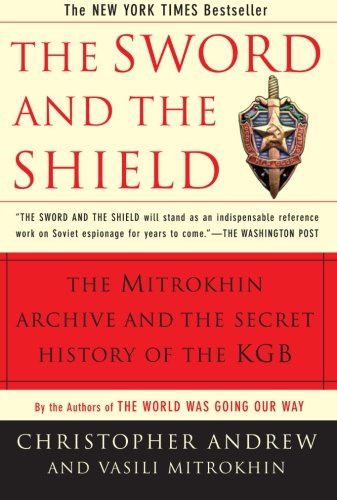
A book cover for The Sword and the Shield: The Mitrokhin Archive and the Secret History of the KGB; Christopher Andrew; Biographies & Memoirs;